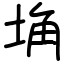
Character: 埆